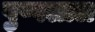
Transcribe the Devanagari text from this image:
पुष्पलाल